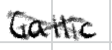
Text: Gallic
Cross-out: cross
Writing tool: digital_black